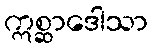
ဣစ္ဆာဒေါသာ